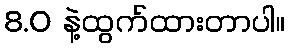
8.0 နဲ့ထွက်ထားတာပါ။